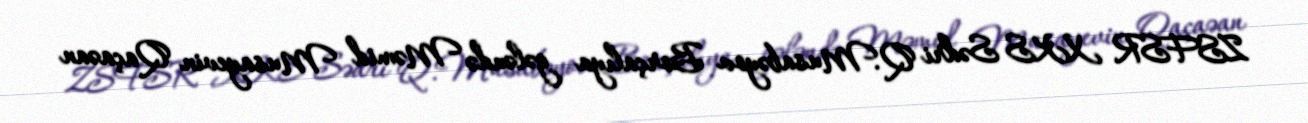
ZSFSR XKS Sədri Q.Musabəyov Borçalıya gələndə Məmid Musayevin Qaçaəan